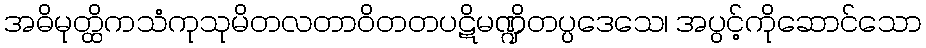
အဓိမုတ္ထိကသံကုသုမိတလတာဝိတတပဋိမဏ္ဍိတပ္ပဒေသေ၊ အပွင့်ကိုဆောင်သော